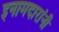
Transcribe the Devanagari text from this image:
इनामदारांनी